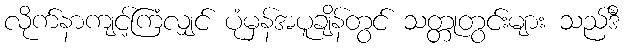
လိုက်နာကျင့်ကြံလျှင် ပုံမှန်အပူချိန်တွင် သတ္တုတွင်းများ သည်ဒီ